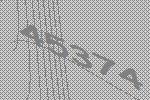
45374